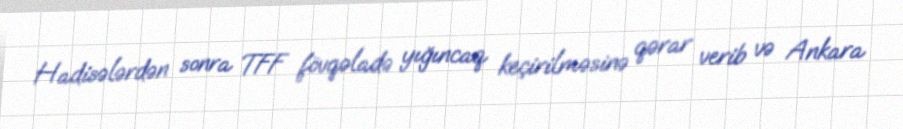
Hadisələrdən sonra TFF fövqəladə yığıncaq keçirilməsinə qərar verib və Ankara